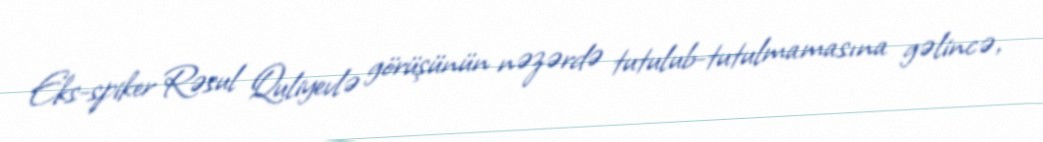
Eks-spiker Rəsul Quliyevlə görüşünün nəzərdə tutulub-tutulmamasına gəlincə,